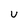
Character: U